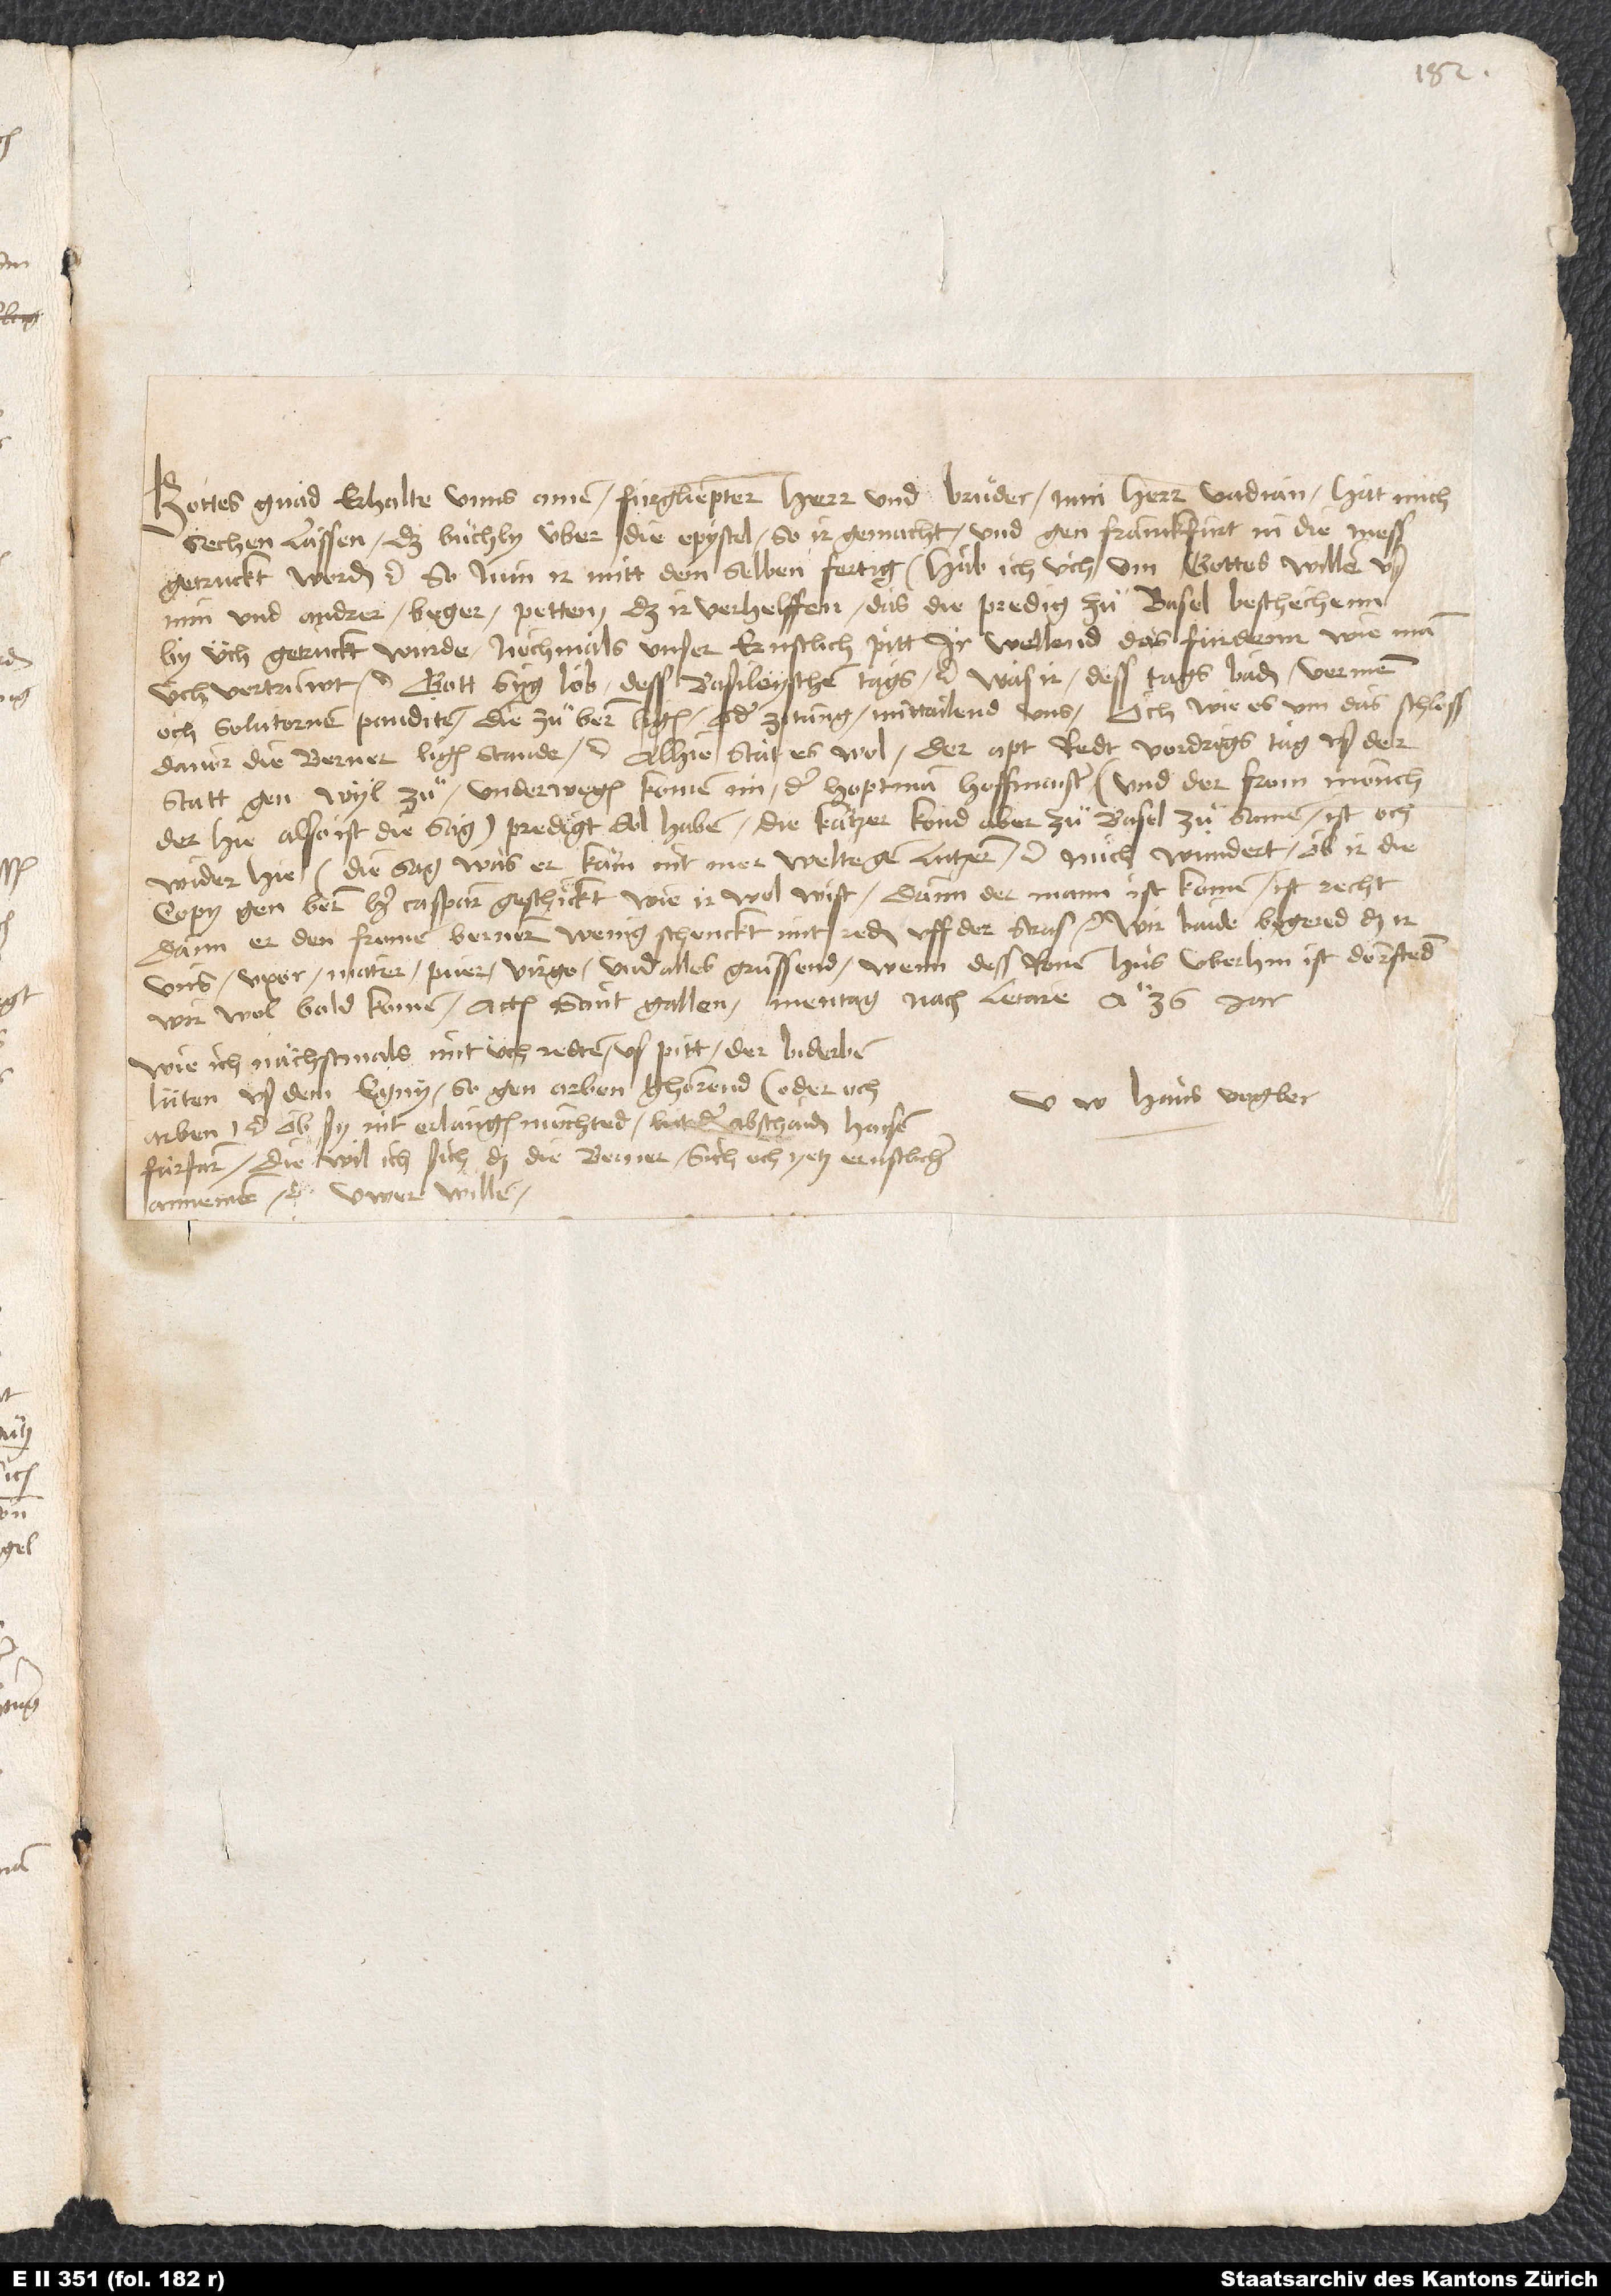
Gottes gnad erhalte unns. Amen. Fürgliepter herr und bruͦder, min herr Vadian hat mich
sechen lassen das buͤchly über die epystel, so ir gemacht, und gen Franckfurt in die mess
getruckt worden etc. So nun ir mitt dem selben fertig, hab ich üch um gottes willen us
min und andrer beger petten, daß ir verhelffen, das die predig, zuͦ Basel beschechenn,
by üch getruckt wurde. Nochmals unser ernstlich pitt, ir wellend das fürdernn, wie man
üch vertruwt etc. Gott syg lob des Basileyschen tags etc. Was ir dess tags Baden vernemen,
och Solutornen panditen, die zuͦ Bern ligen, oder zitung, mittailend uns. Och wie es um das schloss,
davor die Berner ligen, stande etc. Alhie stat es wol. Der apt redt vordrigs tag us der
statt gen Wyl zu. Underwegen komen im der hoptman, hoffmaister. Und der from mönch,
der hie, also ist die sag, predigt sol haben: "Die kätzer kond aber zuͦ Basel zuͦsamen", ist och
wider hie. Die sag was, er käm nit mer, welte gen Lutzern etc. Mich wundert, ob ir die
copy gen Bern her Casparn geschickt, wie ir wol wist. Dann der mann ist komen, ist recht,
dann er den fromen Bernern wenig schenckt mit reden uff der stras etc. Wir baide begered, daß ir
uns uxor, mater, puer, virgo und alles grüssend. Wenn des Ronen hus uberhin ist, dörftend
wir wol bald komen. Actum Sant Gallen, mentag nach letare anno 36. jar.
Wie ich nächstmals mit üch redte, us pitt der biderben
lüten us dem Egny, so gen Arben ghörend, oder och
U Hans Vogler.
Arben etc., ob sy nit erlangen möchted, lut der abschaiden haisen
fürfarn, diewil ich sich, daß die Berner sich och yetz ernstlicher
annemen etc. Uwer williger.